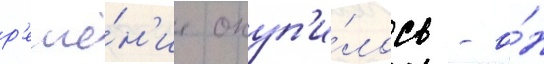
р'еше́н'ие окуп'и́лось - о́н